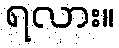
ရလား။